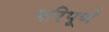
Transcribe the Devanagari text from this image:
परिपूर्ण